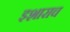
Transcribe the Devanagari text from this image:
इशाराच